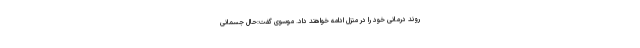
روند درمانی خود را در منزل ادامه خواهند داد. موسوی گفت:حال جسمانی